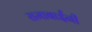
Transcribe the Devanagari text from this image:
रामाबाईंनी